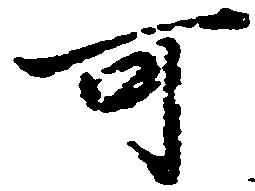
可